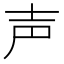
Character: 声